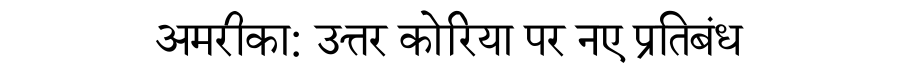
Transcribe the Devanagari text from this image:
अमरीका: उत्तर कोरिया पर नए प्रतिबंध